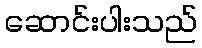
ဆောင်းပါးသည်